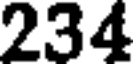
234